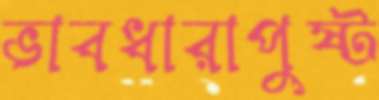
ভাবধারাপুষ্ট